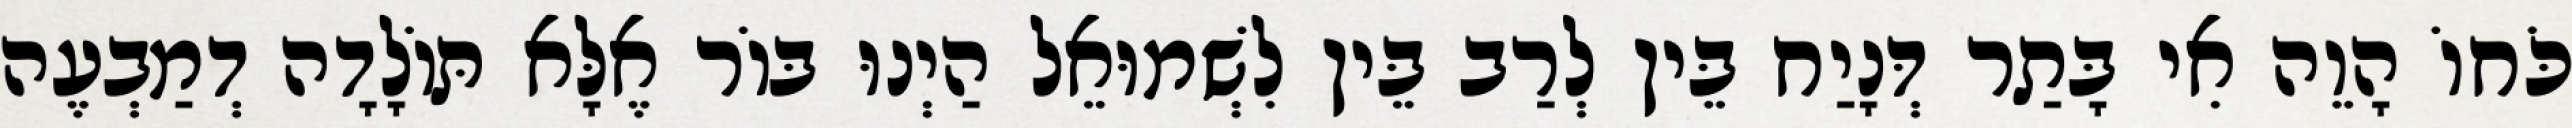
כֹּחוֹ הָוֵה אִי בָּתַר דְּנָיַח בֵּין לְרַב בֵּין לִשְׁמוּאֵל הַיְנוּ בּוֹר אֶלָּא תּוֹלָדָה דְמַבְעֶה